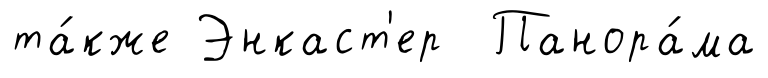
та́кже Энкаст'ер Панора́ма